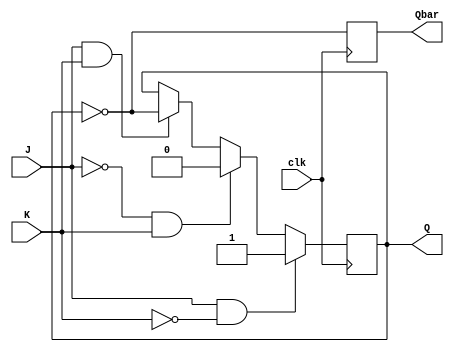
module jk_flip_flop (
    input J,
    input K,
    input clk,
    output reg Q,
    output reg Qbar
);

always @ (posedge clk) begin
    if (J & ~K)
        Q <= 1;
    else if (~J & K)
        Q <= 0;
    else if (J & K)
        Q <= ~Q;
    // else if (~J & ~K) Q remains the same
    
    Qbar <= ~Q;
end

endmodule